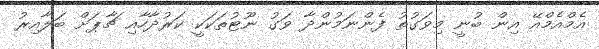
އެމްއެމްއޭ އިން ބުނީ މިވަގުތު ފެންނަމުންދާ ވަގު ނޫޓުތަކަކީ ކަރުދާހާއި ޗާޕަށް ބަލާއިރު